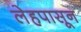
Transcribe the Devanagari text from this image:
लेहपासून